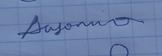
Signature authenticity: genuine